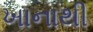
ખાનાથી